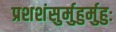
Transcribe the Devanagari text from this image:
प्रशशंसुर्मुहुर्मुहुः